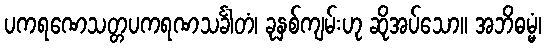
ပကရဏေသတ္တပကရဏသင်္ခါတံ၊ ခုနှစ်ကျမ်းဟု ဆိုအပ်သော။ အဘိဓမ္မံ၊